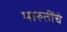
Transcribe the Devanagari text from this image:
मारुतींचे